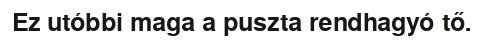
Ez utóbbi maga a puszta rendhagyó tő.